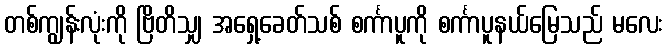
တစ်ကျွန်းလုံးကို ဗြိတိသျှ အရှေ့ခေတ်သစ် စင်္ကာပူကို စင်္ကာပူနယ်မြေသည် မလေး